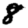
Digit: 8